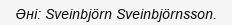
Әні: Sveinbjörn Sveinbjörnsson.